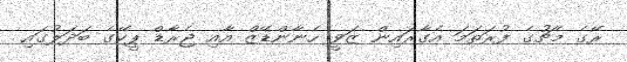
ރޭގެ މެޗުގެ ފުރަތަމަ އެގާރައިން ޒަވީ ހެނާންޑޭޒް އާއި ޖެރާޑް ޕީކޭގެ ބަދަލުގައި